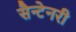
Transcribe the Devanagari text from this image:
सैन्टेनरी